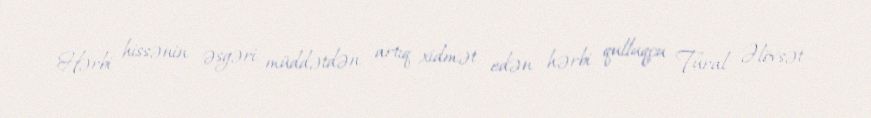
Hərbi hissənin əsgəri, müddətdən artıq xidmət edən hərbi qulluqçu Tural Əlövsət